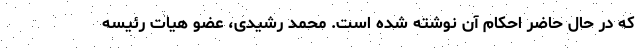
که در حال حاضر احکام آن نوشته شده است. محمد رشیدی، عضو هیات رئیسه